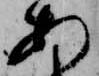
あ